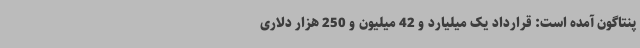
پنتاگون آمده است: قرارداد یک میلیارد و 42 میلیون و 250 هزار دلاری